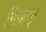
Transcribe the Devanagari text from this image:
ग़िज़ाई